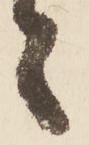
々